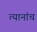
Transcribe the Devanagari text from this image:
त्यानांच